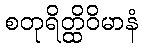
စတုရိတ္ထိဝိမာနံ